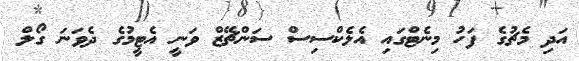
އަދި މެޗުގެ ފަހު މިނެޓްގައި އެލެކްސިސް ސަންޗޭޒް ވަނީ އެޓީމުގެ ދެވަނަ ގޯލް